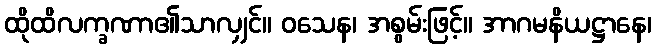
ထိုထိလက္ခဏာ၏သာလျှင်။ ဝသေန၊ အစွမ်းဖြင့်။ အာဂမနိယဋ္ဌာနေ၊